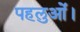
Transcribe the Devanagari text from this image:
पहलुओं।